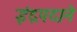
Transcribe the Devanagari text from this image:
इंद्रपदाने